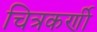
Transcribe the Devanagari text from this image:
चित्रकर्णी